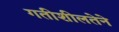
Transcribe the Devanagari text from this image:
गतीशीलतेने